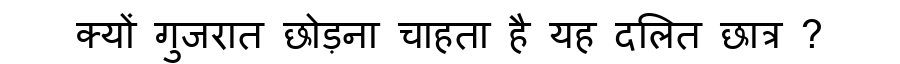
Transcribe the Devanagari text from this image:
क्यों गुजरात छोड़ना चाहता है यह दलित छात्र ?